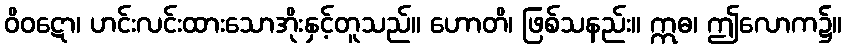
ဝိဝဋော၊ ဟင်းလင်းထားသောအိုးနှင့်တူသည်။ ဟောတိ၊ ဖြစ်သနည်း။ ဣဓ၊ ဤလောက၌။